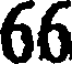
66